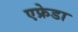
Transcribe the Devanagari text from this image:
एफ्रेडा